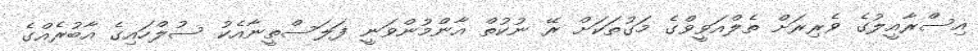
އިސްރާއީލުގެ ވެރިރަށް ތެލްއަވީވްގެ މަގުތަކަށް ރޭ ނުކުތް އާންމުންވަނީ ފަލަސްތީނާއެކު ސުލްހައިގެ އާބުރެއްގެ